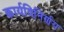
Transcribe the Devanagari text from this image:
कार्यविनिर्णय